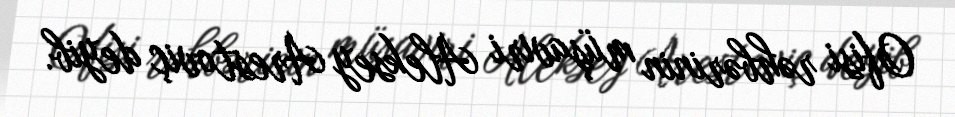
Ofisi rəhbərinin müşaviri Aleksey Arestoviç deyib.